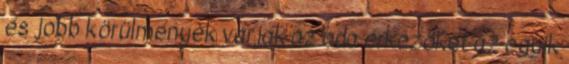
és jobb körülmények várják az oda érkezőket az egyik